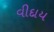
વીદાય